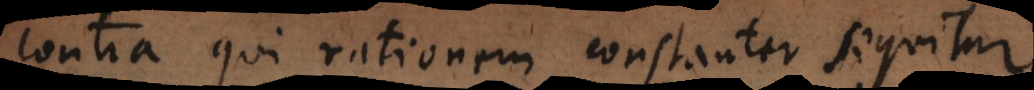
contra qui rationem constanter sequitur